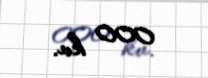
000 kv.